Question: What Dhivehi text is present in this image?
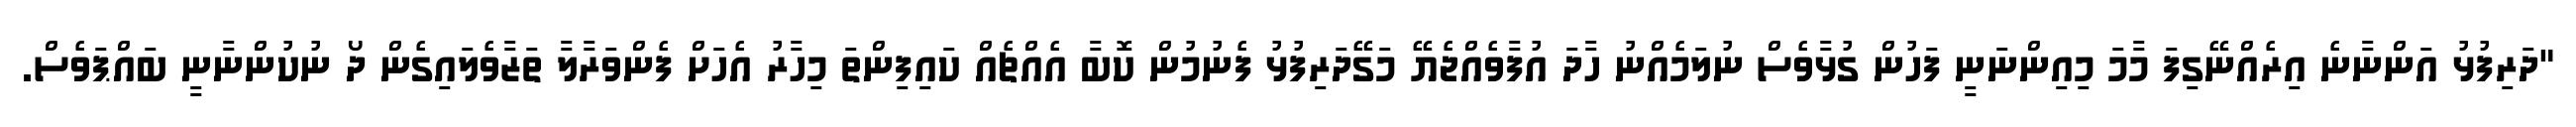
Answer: "ދަރިފުޅު އަންނާނެ އިރެއްނޭގިފަ މާމަ މިއިންނަނީ ފަހުން ގުޅާވެސް ނުލަމެއްނު ހާދަ އުފާވެއްޖެޔޭ މަގޭދަރިފުޅު ފެނުމުން ކޮބާ އެއްޗެއް ކައިފިންތަ މިހާރު އެހަށް ފެންވަރާލާ ތަޒާވެލައިގެން ދޯ ނުކުންނާނީ ބައްޕަވެސް.